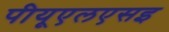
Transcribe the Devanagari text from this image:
पीयूएलएसइ